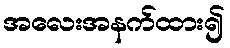
အလေးအနက်ထား၍